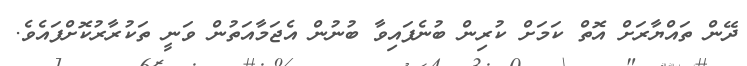
ދޭން ތައްޔާރަށް އޮތް ކަމަށް ކުރިން ބުނެފައިވާ ބުނުން އެޖަމާއަތުން ވަނީ ތަކުރާރުކޮށްފައެވެ.